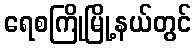
ရေစကြိုမြို့နယ်တွင်